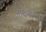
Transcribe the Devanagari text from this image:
नंदिनागर